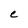
Character: C